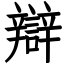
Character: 辯